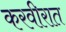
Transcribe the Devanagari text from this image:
करवीरात